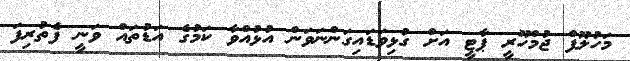
މަހުލޫފް ޖުމްހޫރީ ޕާޓީ އަށް ގުޅިވަޑައިގަންނަވަން އުޅުއްވާ ކަމުގެ އަޑުތައް ވަނީ ފެތުރިފަ